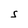
Character: S